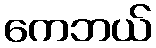
ကေဘယ်